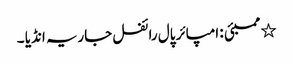
٭ ممبئی : امپائر پال رائفل جاریہ انڈیا ۔